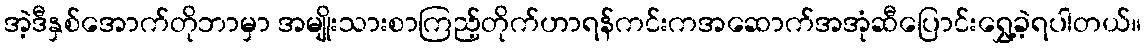
အဲ့ဒီနှစ်အောက်တိုဘာမှာ အမျိုးသားစာကြည့်တိုက်ဟာရန်ကင်းကအဆောက်အအုံဆီပြောင်းရွှေ့ခဲ့ရပါတယ်။